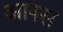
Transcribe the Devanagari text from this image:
आक्स